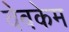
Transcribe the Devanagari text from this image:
वेबकेम